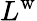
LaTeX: L^{\mathrm{w}}